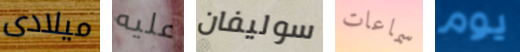
ميلادى عليه سوليفان سماعات يوم